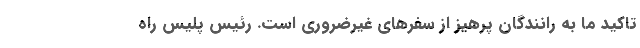
تاکید ما به رانندگان پرهیز از سفرهای غیرضروری است. رئیس پلیس راه